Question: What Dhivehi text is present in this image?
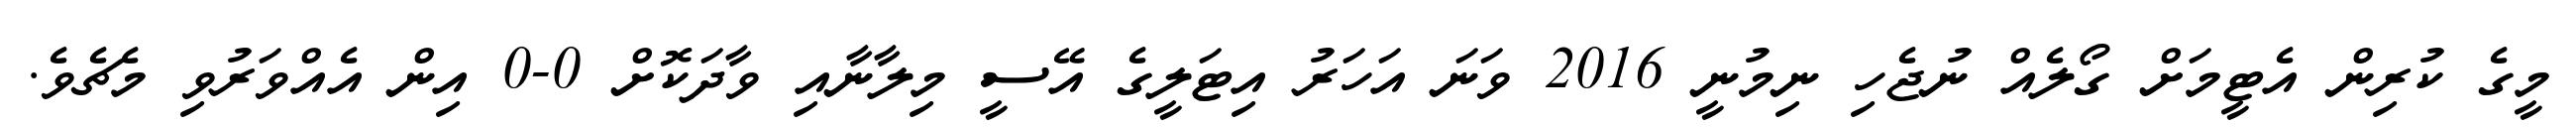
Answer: މީގެ ކުރިން އެޓީމަށް ގޯލެއް ނުޖެހި ނިމުނީ 2016 ވަނަ އަހަރު އިޓަލީގެ އޭސީ މިލާނާއި ވާދަކޮށް 0-0 އިން އެއްވަރުވި މެޗެވެ.